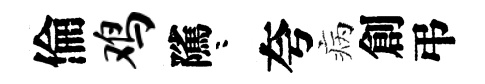
倫鸡隲咯夸病創弔